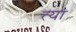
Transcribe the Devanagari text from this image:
त्या